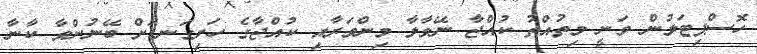
ހޮސްޕިޓަލުން ވަނީ މިތުއްތު ކުއްޖާ ނޭވާލާ މިންވަރާއި ކުއްޖާގެ ހަށިގަނޑަށް ބޭނުންވާ ކާނާ